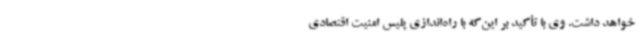
خواهد داشت. وی با تأکید بر این‌که با راه‌اندازی پلیس امنیت اقتصادی